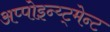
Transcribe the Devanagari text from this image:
अप्पोइन्य्ट्मेन्ट